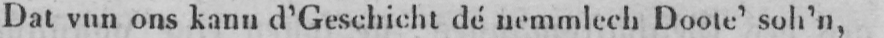
Dat vun ons kann d’Geschicht dé nemmlech Doote’ soh’n,